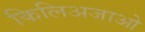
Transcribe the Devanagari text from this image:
किलिअजाओ